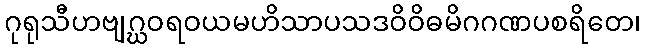
ဂုရုသီဟဗျဂ္ဃဝရဝယမဟိသာပသဒဝိဝိဓမိဂဂဏပစရိတေ၊